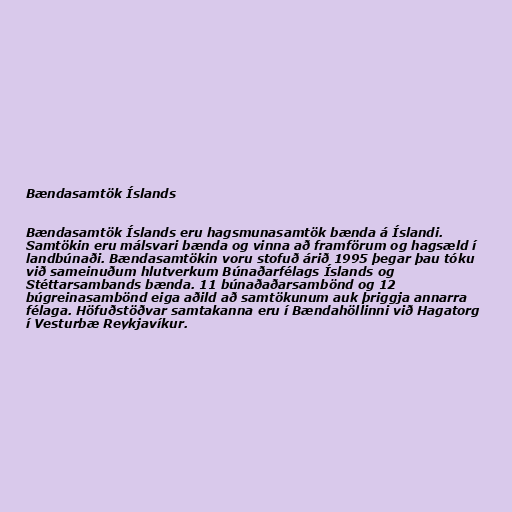
Bændasamtök Íslands

Bændasamtök Íslands eru hagsmunasamtök bænda á Íslandi.
Samtökin eru málsvari bænda og vinna að framförum og hagsæld í
landbúnaði. Bændasamtökin voru stofuð árið 1995 þegar þau tóku
við sameinuðum hlutverkum Búnaðarfélags Íslands og
Stéttarsambands bænda. 11 búnaðaðarsambönd og 12
búgreinasambönd eiga aðild að samtökunum auk þriggja annarra
félaga. Höfuðstöðvar samtakanna eru í Bændahöllinni við Hagatorg
í Vesturbæ Reykjavíkur.